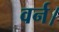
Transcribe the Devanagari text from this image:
वर्न।